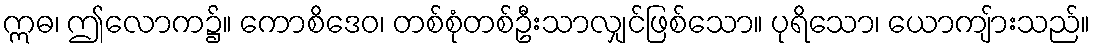
ဣဓ၊ ဤလောက၌။ ကောစိဒေဝ၊ တစ်စုံတစ်ဦးသာလျှင်ဖြစ်သော။ ပုရိသော၊ ယောကျ်ားသည်။